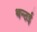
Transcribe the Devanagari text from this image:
थन्ठई